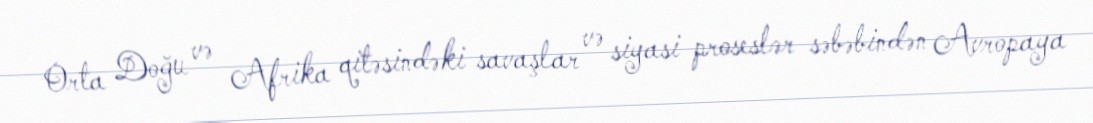
Orta Doğu və Afrika qitəsindəki savaşlar və siyasi proseslər səbəbindən Avropaya